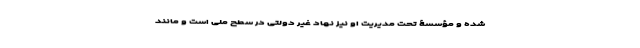
شده و مؤسسۀ تحت مدیریت او نیز نهاد غیر دولتی در سطح ملی است و مانند